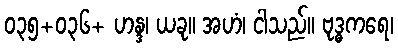
၀၃၅+၀၃၆+ ဟန္ဒ၊ ယခု။ အဟံ၊ ငါသည်။ ဗုဒ္ဓကရေ၊